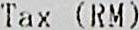
TAX (RM)